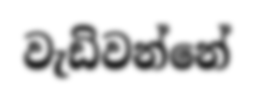
වැඩිවන්නේ